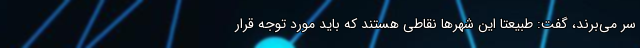
سر می‌برند، گفت: طبیعتا این شهرها نقاطی هستند که باید مورد توجه قرار